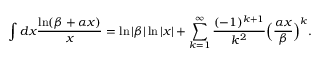
\int d x \frac { \ln ( \beta + \alpha x ) } { x } = \ln \vert \beta \vert \ln \vert x \vert + \sum _ { k = 1 } ^ { \infty } \frac { ( - 1 ) ^ { k + 1 } } { k ^ { 2 } } \Bigl ( \frac { \alpha x } { \beta } \Bigr ) ^ { k } .